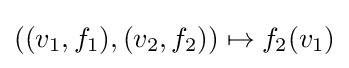
((v_{1},f_{1}),(v_{2},f_{2}))\mapsto f_{2}(v_{1})